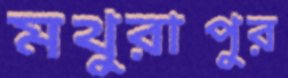
মথুরাপুর